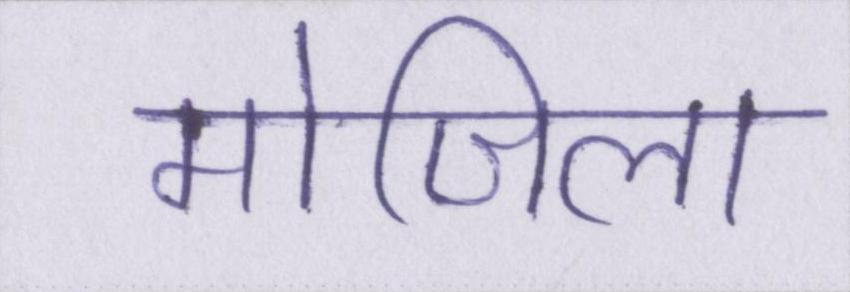
मोजिला